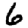
Digit: 6